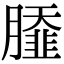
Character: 𦠿